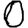
Digit: 0